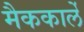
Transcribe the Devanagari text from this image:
मैककार्ले